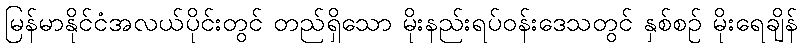
မြန်မာနိုင်ငံအလယ်ပိုင်းတွင် တည်ရှိသော မိုးနည်းရပ်ဝန်းဒေသတွင် နှစ်စဉ် မိုးရေချိန်